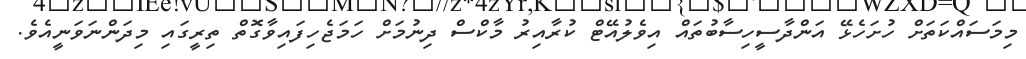
މިމަސައްކަތަށް ހުށަހެޅޭ އަންދާސީހިސާބުތައް އިވެލުއޭޓް ކުރާއިރު މާކްސް ދިނުމަށް ހަމަޖެހިފައިވާގޮތް ތިރީގައި މިދަންނަވަނީއެވެ.